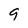
Character: 9